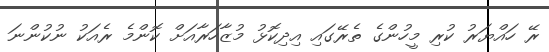
ރޭ ހައްޔަރު ކުރި މީހުންގެ ތެރޭގައި އިދިކޮޅު މުޒާހަރާއަށް ކޮންމެ ރެއަކު ނުކުންނަ